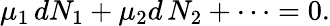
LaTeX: \mu_{1}\, dN_{1}+\mu_{2}d\, N_{2}+\dots=0.